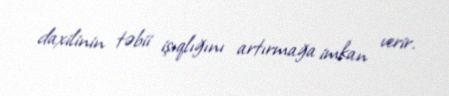
daxilinin təbii işıqlığını artırmağa imkan verir.